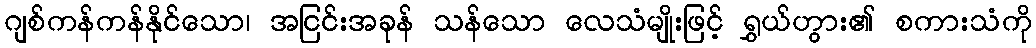
ဂျစ်ကန်ကန်နိုင်သော၊ အငြင်းအခုန် သန်သော လေသံမျိုးဖြင့် ရွှယ်ဟွား၏ စကားသံကို